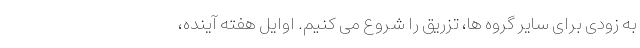
به زودی برای سایر گروه ها، تزریق را شروع می کنیم. اوایل هفته آینده،